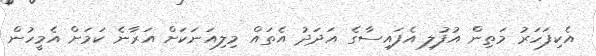
އެކިފަހަރު މަތިން އުފުލި އެފައިސާގެ އަދަދު އެތައް މިލިއަނަކަށް އަރާނެ ކަމަށް އެމީހުން